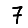
Digit: 7